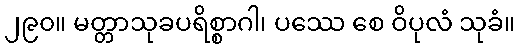
၂၉၀။ မတ္တာသုခပရိစ္စာဂါ၊ ပဿေ စေ ဝိပုလံ သုခံ။